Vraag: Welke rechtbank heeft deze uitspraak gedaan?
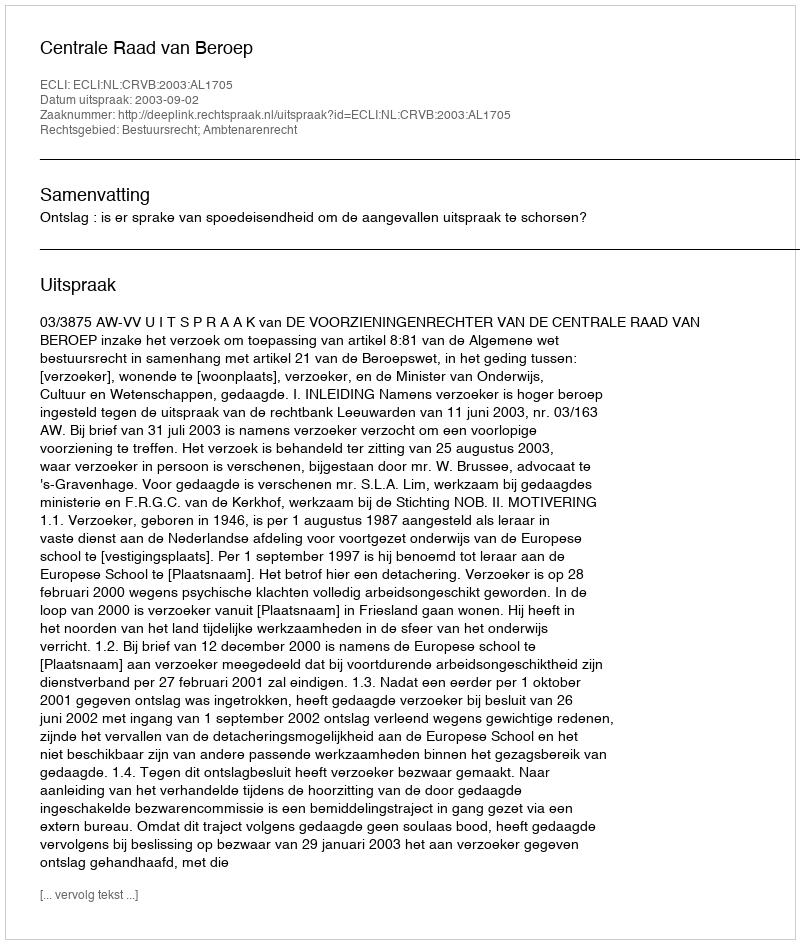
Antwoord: Centrale Raad van Beroep